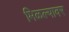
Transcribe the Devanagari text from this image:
मिळल्यावर